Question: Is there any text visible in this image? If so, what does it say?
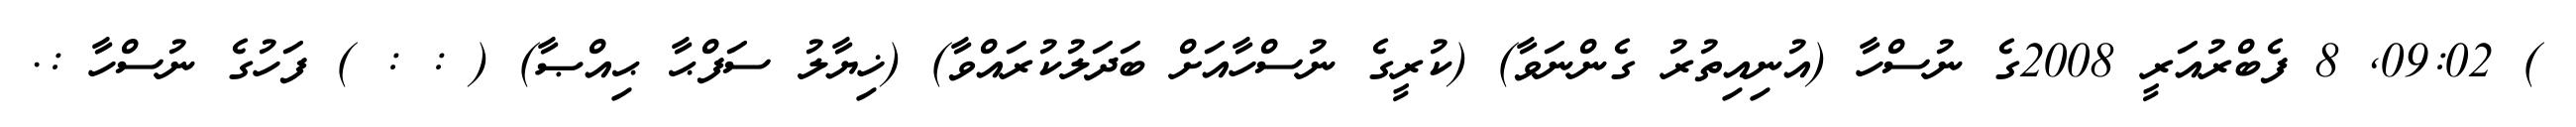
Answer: ) 09:02, 8 ފެބްރުއަރީ 2008ގެ ނުސްހާ (އުނިއިތުރު ގެންނަވާ) (ކުރީގެ ނުސްހާއަށް ބަދަލުކުރައްވާ) (ޚިޔާލު ސަފްޙާ ޙިއްޞާ) ( : : ) ފަހުގެ ނުސްހާ :.